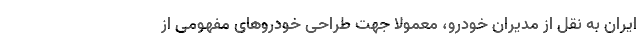
ایران به نقل از مدیران خودرو، معمولا جهت طراحی خودروهای مفهومی از